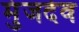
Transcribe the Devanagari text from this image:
मुंजदेव